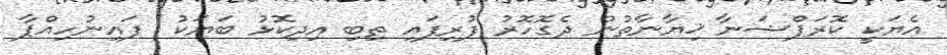
އެޔަކީ ކޮރަޕްޝަނާ ޚިޔާނާތުން ދެގޮހޮރު ފުރިފައި ތިބި އިދިކޮޅު ބަޔަކު  ފައިނުހިއްޕާ